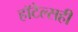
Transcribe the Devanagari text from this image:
हॉटेल्सही